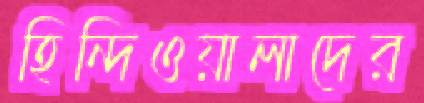
হিন্দিওয়ালাদের